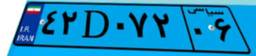
۸۱D۱۵۱۱۳